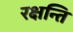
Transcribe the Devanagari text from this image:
रक्षन्ति